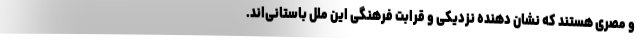
و مصری هستند که نشان دهندهٔ نزدیکی و قرابت فرهنگی این ملل باستانی‌اند.